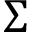
\boldsymbol { \Sigma }